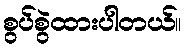
စွပ်စွဲထားပါတယ်။